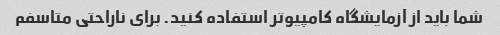
شما باید از آزمایشگاه کامپیوتر استفاده کنید. برای ناراحتی متاسفم